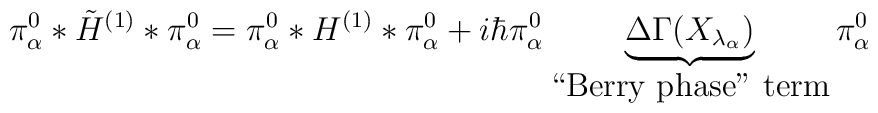
\pi_\alpha^{0} * \tilde{H}^{(1)} * \pi_\alpha^{0} =  \pi_\alpha^{0}* H^{(1)}*  \pi_\alpha^{0} + i \hbar  \pi_\alpha^{0} \underbrace{\Delta\Gamma(X_{\lambda_\alpha})}_{\mbox{``Berry phase'' term}} \pi_\alpha^{0}